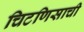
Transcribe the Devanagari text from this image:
चिटणिसाची